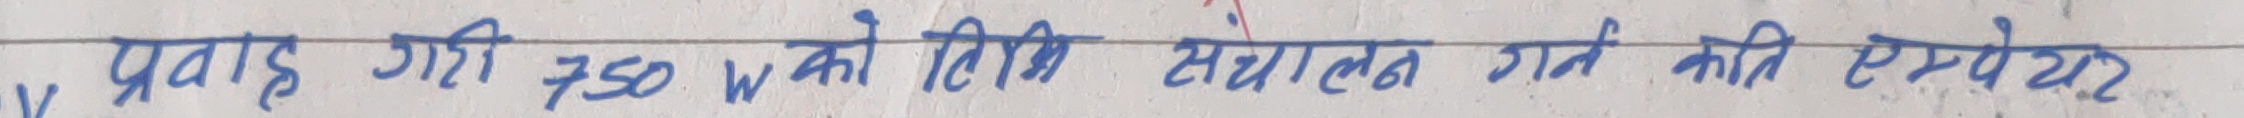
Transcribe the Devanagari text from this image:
प्रवाह गी 750 W को विधि संचालन गर्न कति एम्पियर